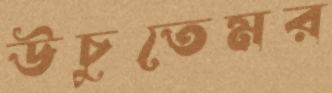
উঁচুতেমর